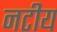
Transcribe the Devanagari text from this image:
नटीय